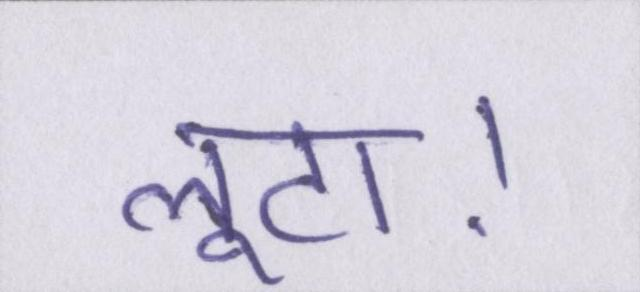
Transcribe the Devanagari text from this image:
लूटा।